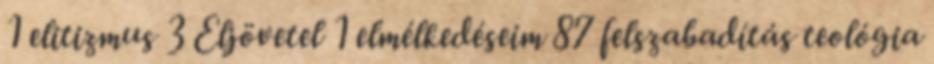
1 elitizmus 3 Eljövetel 1 elmélkedéseim 87 felszabadítás teológia